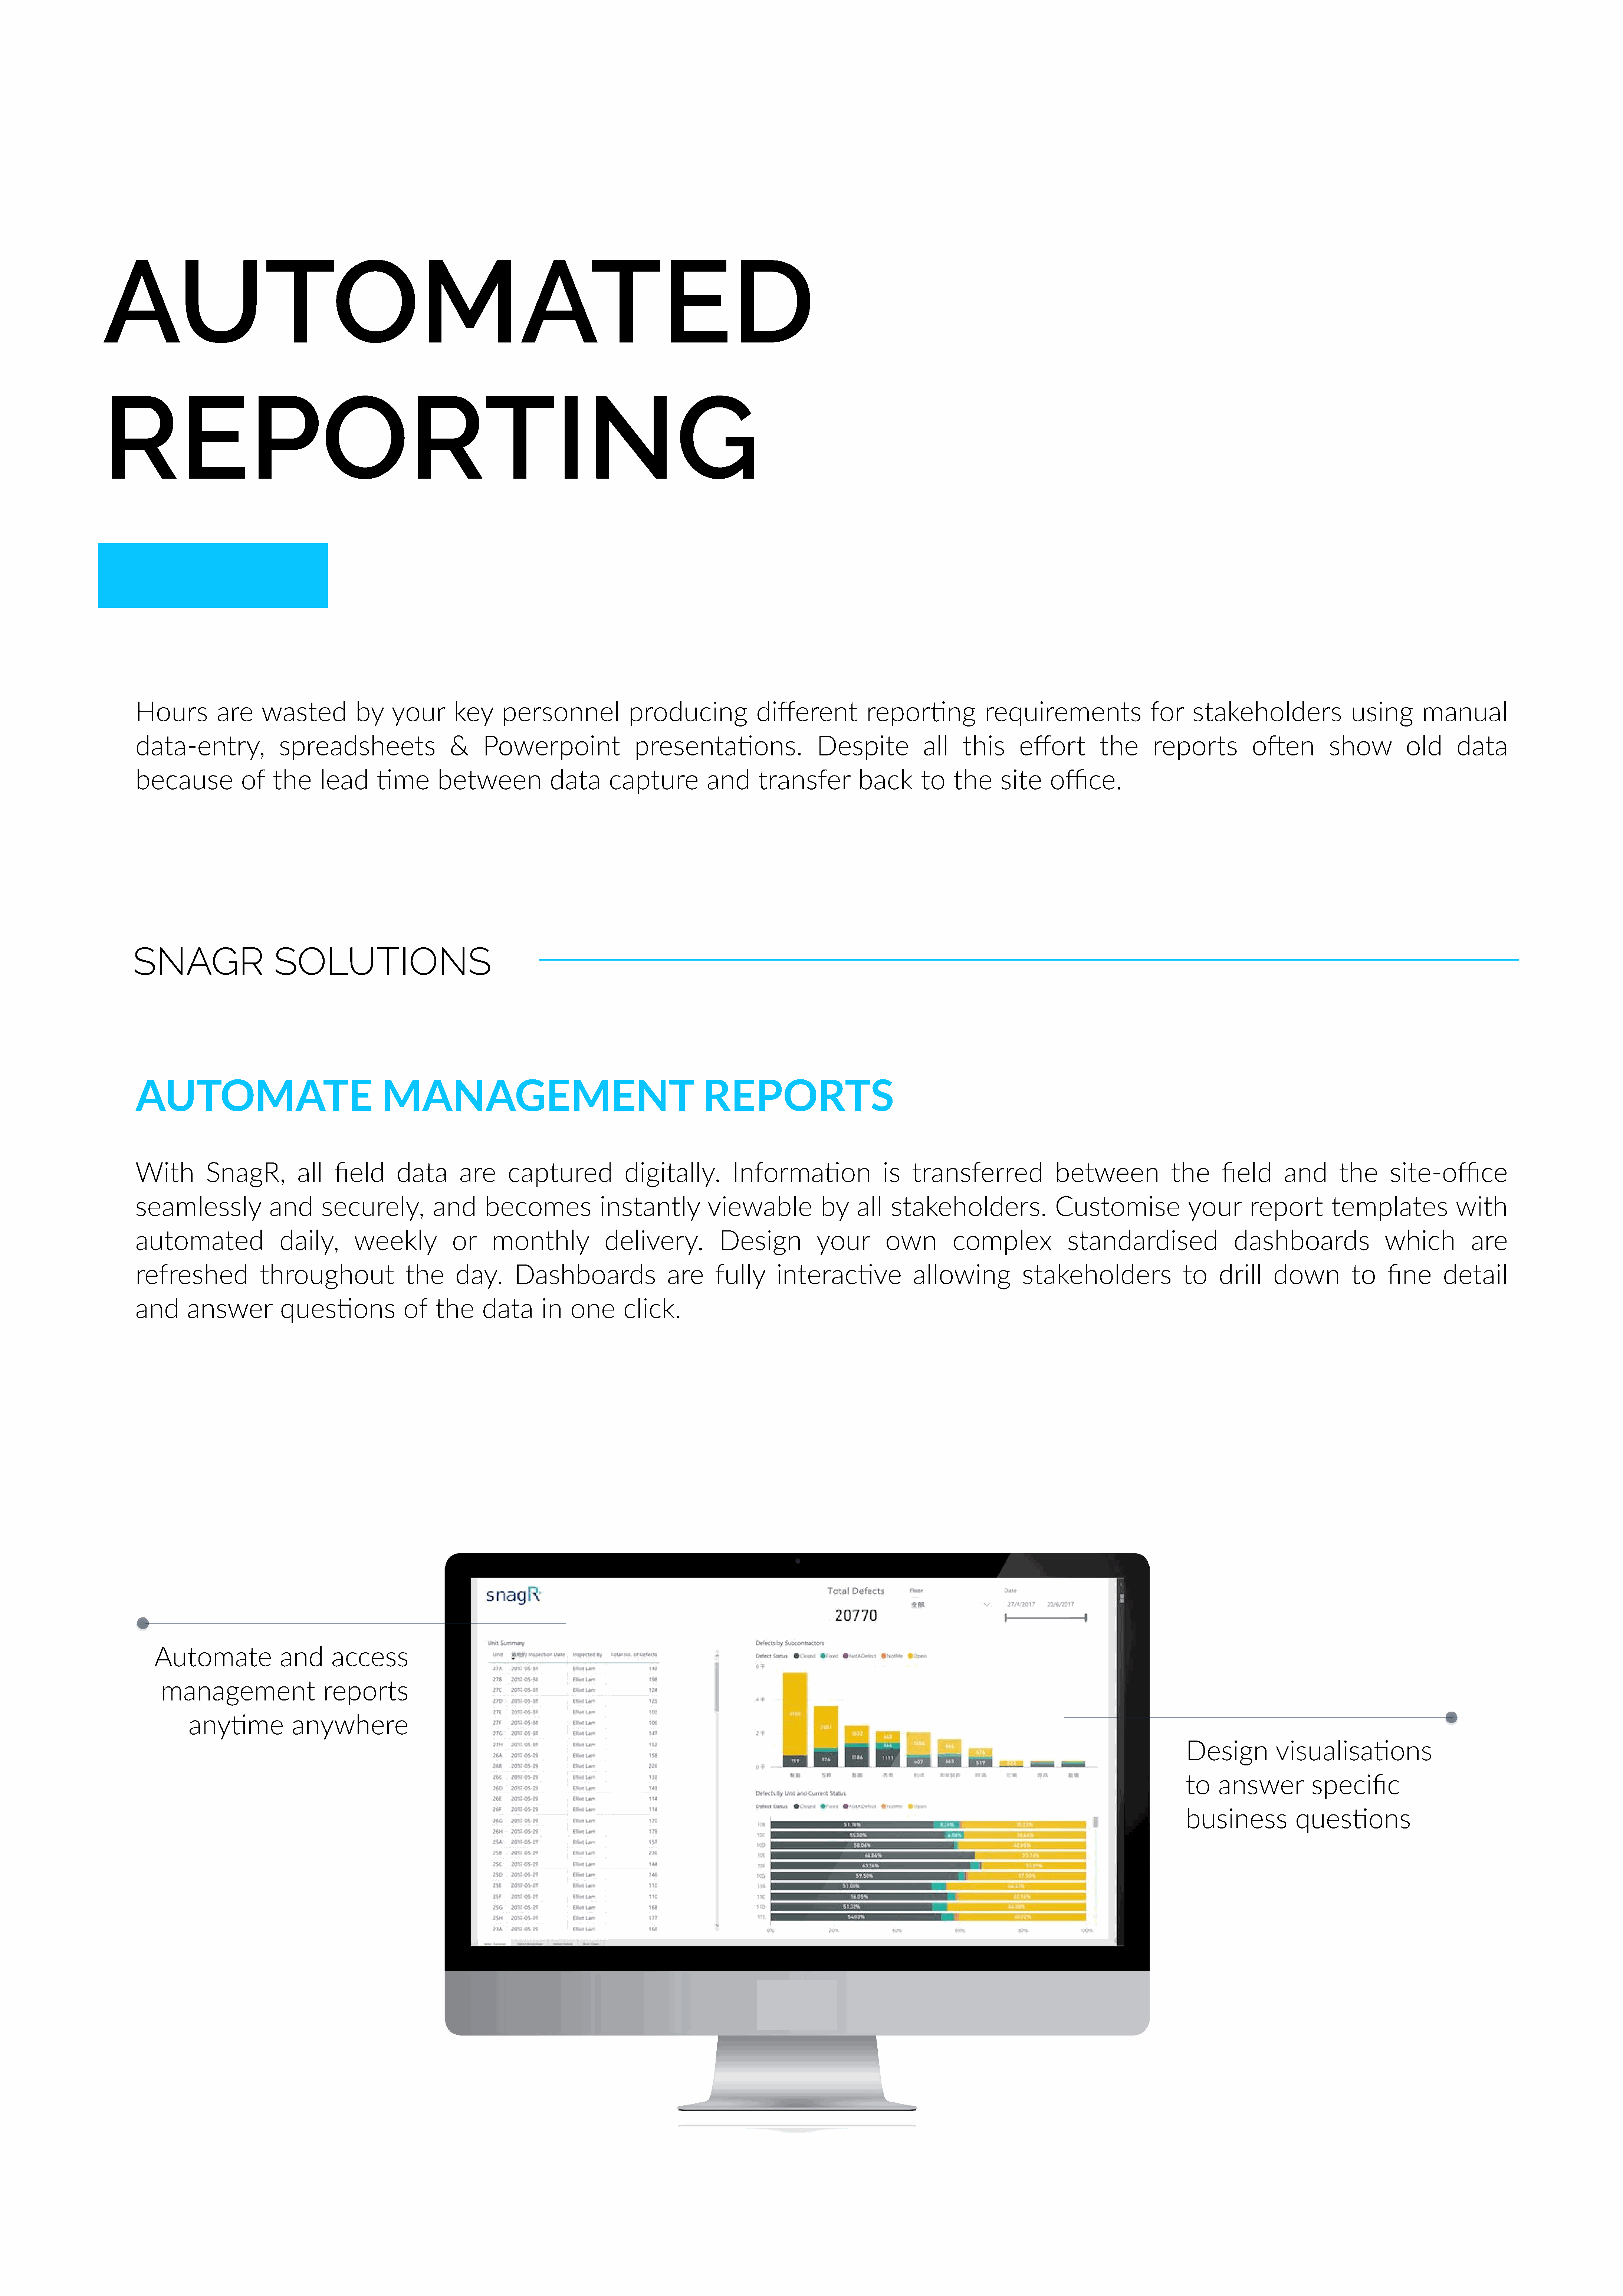
AUTOMATED
 REPORTING
 Hours          are     wasted          by     your       key      personnel             producing              different           repor<ng             requirements                 for     stakeholders                using        manual
 data-entry,               spreadsheets                  &     Powerpoint                 presenta<ons.                    Despite            all    this      effort        the       reports          oRen          show          old      data
 because            of    the     lead      <me        between             data       capture          and      transfer          back       to    the     site     office.
 SNAGR                    SOLUTIONS
 AUTOMATE                                    MANAGEMENT                                               REPORTS
 With         SnagR,          all    field      data       are      captured            digitally.          Informa<on                 is   transferred              between              the      field      and       the      site-office
 seamlessly              and      securely,           and       becomes             instantly          viewable            by     all   stakeholders.                Customise               your       report         templates             with
 automated                 daily,       weekly            or     monthly             delivery.           Design            your        own         complex             standardised                  dashboards                 which           are
 refreshed             throughout                the      day.       Dashboards                 are      fully      interac<ve              allowing           stakeholders                 to    drill     down          to     fine     detail
 and      answer           ques<ons              of    the     data       in   one      click.
 Automate              and      access
 management                   reports
 any<me            anywhere
 Design          visualisa<ons
 to   answer           specific
 business           ques<ons